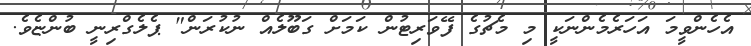
އެހެންވީމަ އަހަރެމެންނަކީ މި މެޗުގެ ފޭވަރިޓުން ކަމަށް ގަބޫލެއް ނުކުރަން" ޕެލެގްރިނީ ބުންޏެވެ.